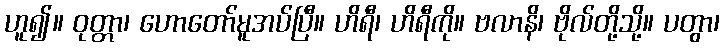
ဟူ၍။ ဝုတ္တာ၊ ဟောတော်မူအပ်ပြီ။ ဟိရီ၊ ဟိရီကို။ ဗလာနိ၊ ဗိုလ်တို့သို့။ ပတွာ၊